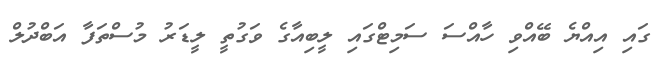
ގައި އިއްޔެ ބޭއްވި ހާއްސަ ސަމިޓްގައި ލީބިއާގެ ވަގުތީ ލީޑަރު މުސްތަފާ އަބްދުލް